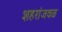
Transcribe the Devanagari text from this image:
शहरांजवळ